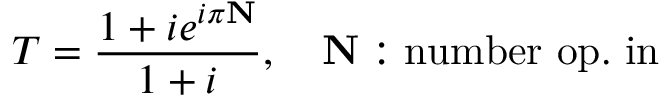
T = \frac { 1 + i e ^ { i \pi \mathbf { N } } } { 1 + i } , \quad \mathbf { N } : \mathrm { n u m b e r ~ o p . ~ i n ~ }